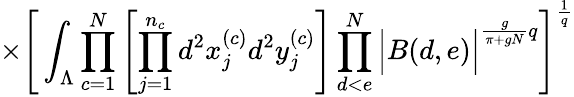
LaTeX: \times\Bigg[\int_{\Lambda}\prod_{c=1}^{N}\left[\prod_{j=1}^{n_{c}}d^{2}x_{j}^{(c)}d^{2}y_{j}^{(c)}\right]\prod_{d<e}^{N}\Big|B(d,e)\Big|^{\frac{g}{\pi+gN}q}\Bigg]^{\frac{1}{q}}